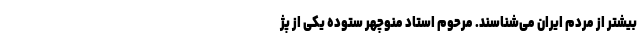
بیشتر از مردم ایران می‌شناسند. مرحوم استاد منوچهر ستوده یکی از پژ